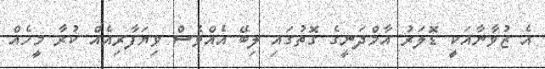
އެ ޒުވާނާއަކީ ޑޮލަރު އާމްދަނީގެ ގޮތުގައި ލިބޭ އެއްވެސް ވިޔަފާރިއެއް ކުރާ މީހެއް